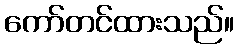
ကော်တင်ထားသည်။